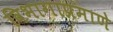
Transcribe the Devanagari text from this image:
विभागाप्रमाणे